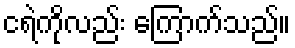
ငရဲကိုလည်း ကြောက်သည်။